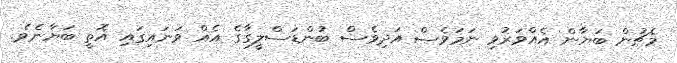
މެޗުން ބަޔާން އެއްވަރުވި ނަމަވެސް އަދިވެސް ބުންޑަސްލީގާގެ އެއް ވަނައިގައި އޮތީ ބަޔާނެވެ.